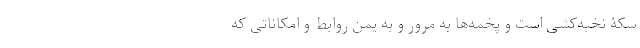
سکۀ نُخبه‌کشی است و پخمه‌ها به مرور و به یُمن روابط و امکاناتی که